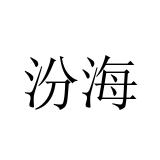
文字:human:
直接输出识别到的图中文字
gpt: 汾海